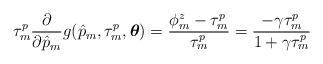
LaTeX: \begin{align*}\tau_m^p\frac{\partial}{\partial\hat{p}_m}g_{}(\hat{p}_m,\tau_m^p,\boldsymbol{\theta})=\frac{\phi_m^z-\tau_m^p}{\tau_m^p}=\frac{-\gamma\tau_m^p}{1+\gamma\tau_m^p}\end{align*}